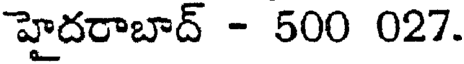
హైదరాబాద్ - 500 027.